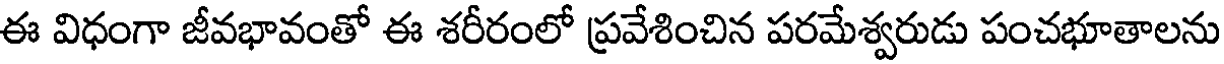
ఈ విధంగా జీవభావంతో ఈ శరీరంలో ప్రవేశించిన పరమేశ్వరుడు పంచభూతాలను